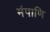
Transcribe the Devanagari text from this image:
मंपाणि